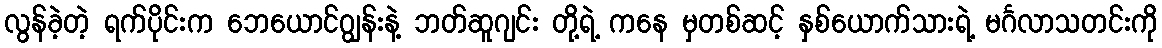
လွန်ခဲ့တဲ့ ရက်ပိုင်းက ဘေယောင်ဂျွန်းနဲ့ ဘတ်ဆူဂျင်း တို့ရဲ့ ကနေ မှတစ်ဆင့် နှစ်ယောက်သားရဲ့ မင်္ဂလာသတင်းကို